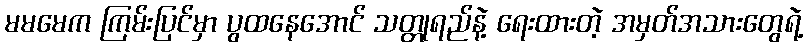
မမမေက ကြမ်းပြင်မှာ ပွထနေအောင် သတ္တုရည်နဲ့ ရေးထားတဲ့ အမှတ်အသားတွေရဲ့